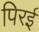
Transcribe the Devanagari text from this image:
पिरई